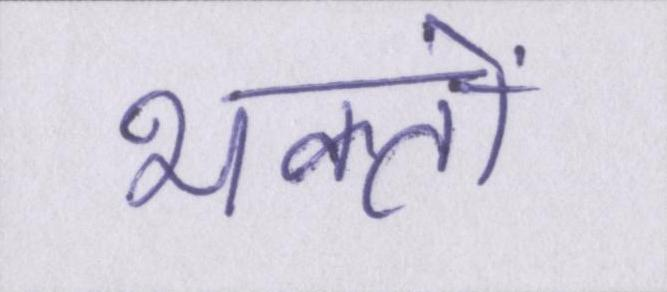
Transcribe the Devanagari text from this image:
भक्तों